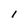
Character: l